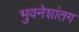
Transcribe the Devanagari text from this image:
भुवनेशांतग